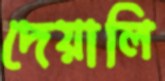
দেয়ালি